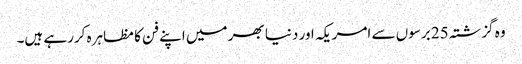
وہ گزشتہ 25 برسوں سے امریکہ اور دنیا بھر میں اپنے فن کا مظاہرہ کررہے ہیں۔